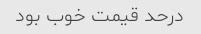
درحد قیمت خوب بود